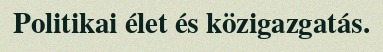
Politikai élet és közigazgatás.